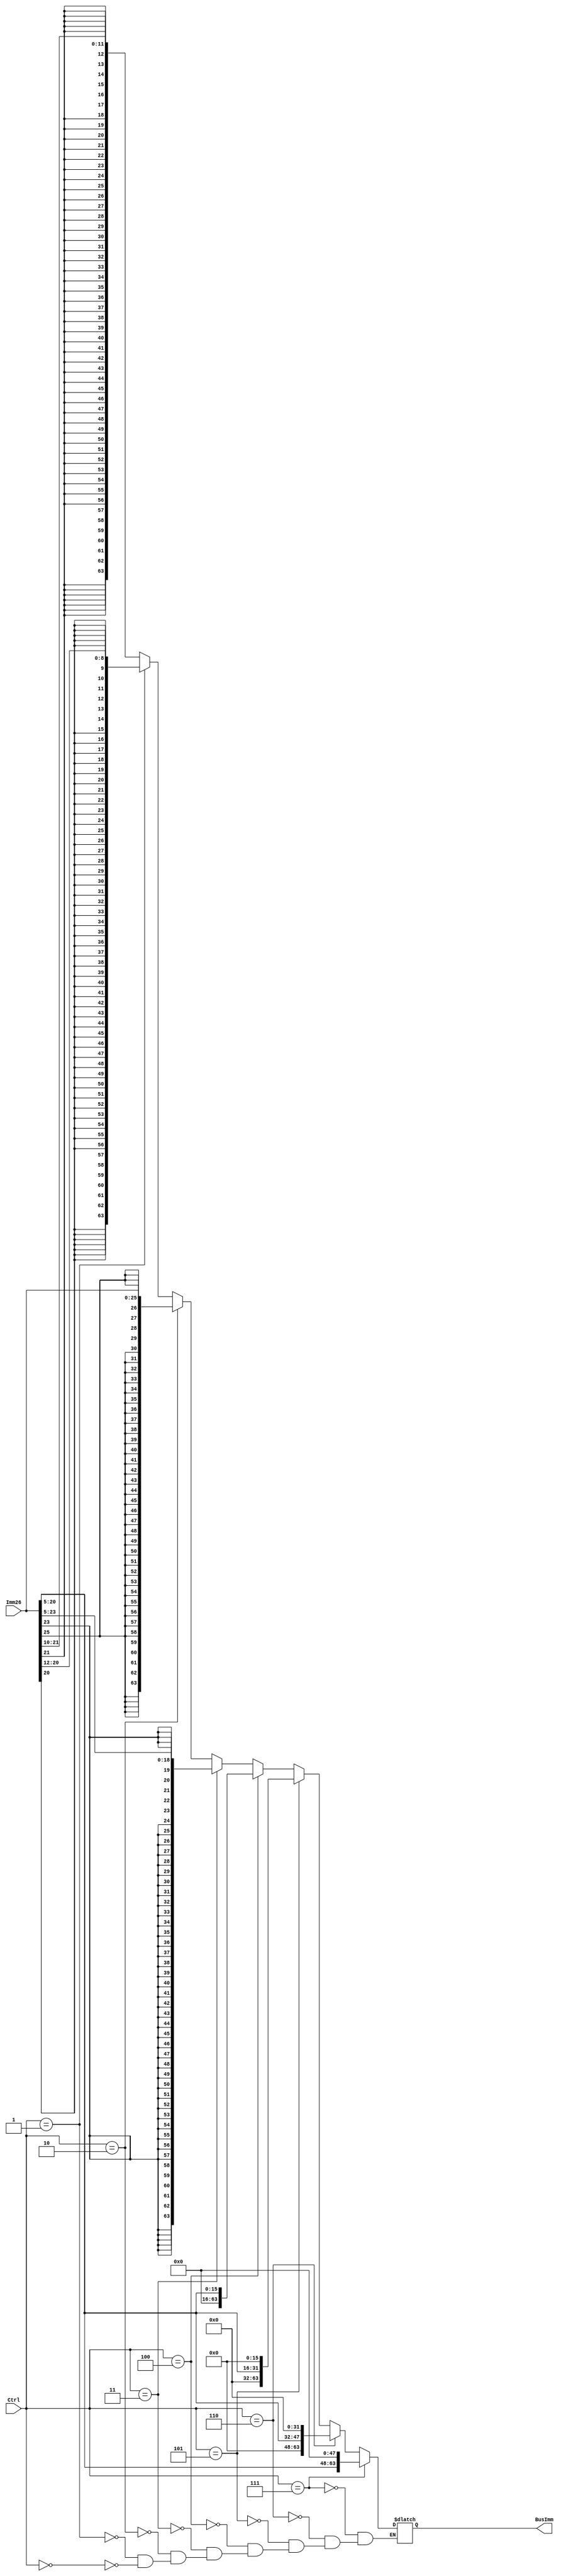
module SignExtender(BusImm, Imm26, Ctrl);
	output reg [63:0] BusImm;
	input [25:0] Imm26;
  	input [2:0] Ctrl;
	
  	
  	always@(*)
	  begin
	    if(Ctrl == 3'b000)
	      begin
		BusImm [63:0] = {{52{Imm26[21]}},Imm26[21:10]}; 
	      end
	    if(Ctrl == 3'b001)
	      begin
		BusImm [63:0] = {{55{Imm26[20]}},Imm26[20:12]}; 
	      end
	    if(Ctrl == 3'b010)
	      begin
		BusImm [63:0] = {{38{Imm26[25]}},Imm26[25:0]}; 
	      end
	    if(Ctrl == 3'b011)
	      begin
		BusImm [63:0] = {{45{Imm26[23]}},Imm26[23:5]}; 
	      end
	    if(Ctrl == 3'b100)
	      begin
		 BusImm [63:0] = {{48{1'b0}},{Imm26[20:5]}};
	      end
	    if(Ctrl == 3'b101)
	      begin
		 BusImm [63:0] = {{32{1'b0}},{Imm26[20:5]},{16{1'b0}}};
	      end
	    if(Ctrl == 3'b110)
	      begin
		 BusImm [63:0] = {{16{1'b0}},{Imm26[20:5]},{32{1'b0}}};
	      end
	    if(Ctrl == 3'b111)
	      begin
		 BusImm [63:0] = {{Imm26[20:5]},{48{1'b0}}}; 
	      end
	    
	end
endmodule